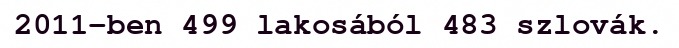
2011-ben 499 lakosából 483 szlovák.